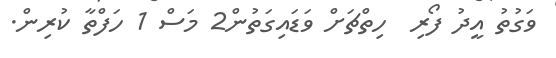
ވަގުތު އީދު ފޯރި  ހިތްޗަށް ވަޑައިގަތުން2 މަސް 1 ހަފްތާ ކުރިން.